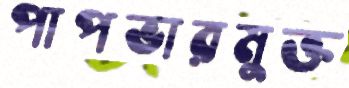
পাপভারমুক্ত